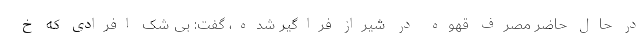
در حال حاضر مصرف قهوه در شیراز فراگیر شده، گفت: بی شک افرادی که خ